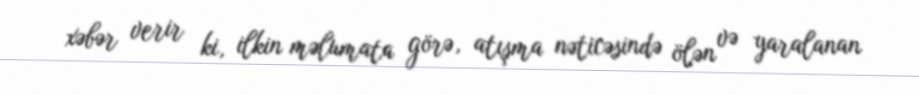
xəbər verir ki, ilkin məlumata görə, atışma nəticəsində ölən və yaralanan